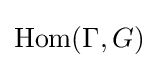
\mathrm {Hom} (\Gamma ,G)